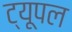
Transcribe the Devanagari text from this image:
ट्यूपल